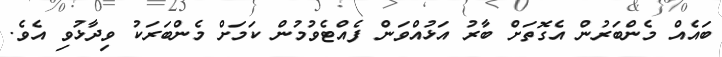
ބައެއް މެންބަރުން އެގޮތަށް ބާރު އަޅުއްވަން ފެއްޓެވުމުން ކަމަށް މެންބަރަކު ވިދާޅުވި އެވެ.